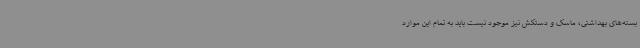
بسته‌های بهداشتی، ماسک و دستکش نیز موجود نیست باید به تمام این موارد